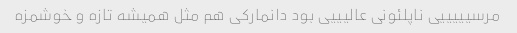
مرسیییییی ناپلئونی عالیییی بود دانمارکی هم مثل همیشه تازه و خوشمزه